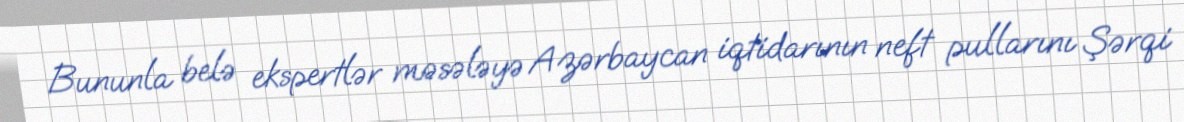
Bununla belə ekspertlər məsələyə Azərbaycan iqtidarının neft pullarını Şərqi